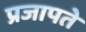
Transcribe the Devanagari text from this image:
प्रजापते